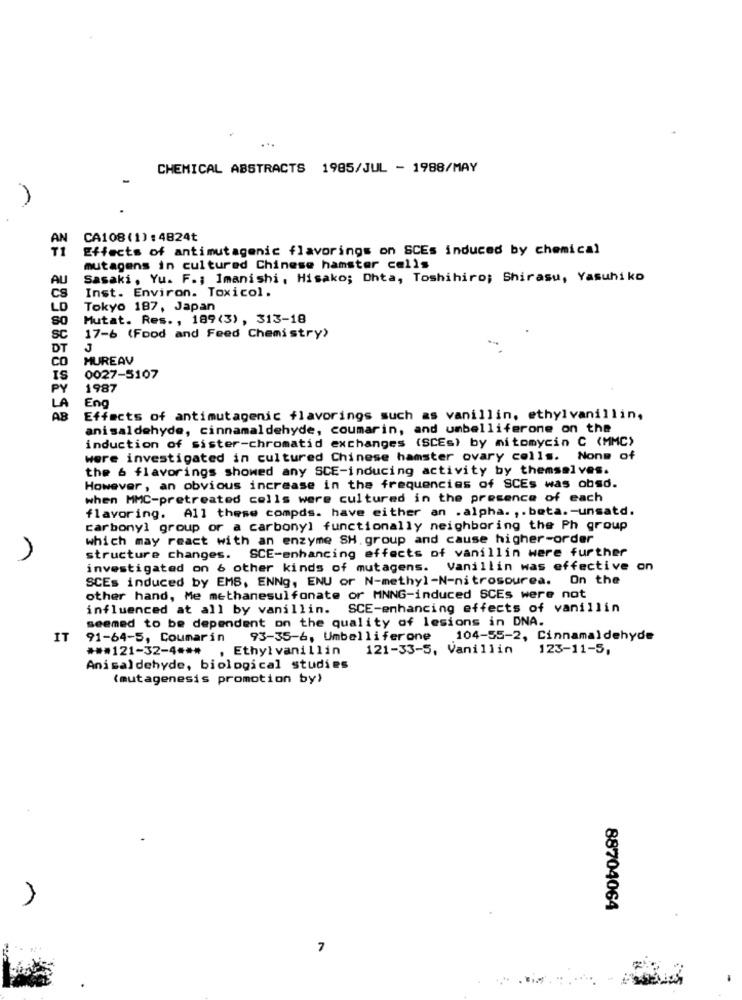
CHEMICAL ABSTRACTS 1985/JUL - 1988/MAY
AN
CA108(1): 4824t
T1
Effects of antimutagenic flavorings on SCEs induced by chemical
mutagens in cultured Chinese hamster cells
AU
Sasaki, Yu. F .; İmanishi, Hisako; Ohta, Toshihiro; Shirasu, Yasuhiko
Inst. Environ. Toxicol.
cs
LO
Tokyo 187, Japan
Mutat. Res ., 189(3) , 313-18
SC
17-6 (Food and Feed Chemistry)
DT
J
MUREAV
CO
IS
0027-5107
PY
1987
LA
Eng
AB
Effects of antimutagenic flavorings such as vanillin, ethylvanillin,
anisaldehyde, cinnamaldehyde, coumarin, and umbelliferone on the
induction of sister-chromatid exchanges (SCEs) by mitomycin C (MMC)
were investigated in cultured Chinese hamster ovary colls. Nonm of
the & flavorings showed any SCE-inducing activity by themselves.
However, an obvious increase in the frequencies of SCEs was obsd.
when MMC-pretreated cells were cultured in the presence of each
flavoring. All these compds. have either an . alpha. ,. beta. - unsatd.
carbonyl group or a carbonyl functionally neighboring the Ph group
which may react with an enzyme SH. group and cause higher-order
structure changes. SCE-enhancing effects of vanillin were further
investigated on 6 other kinds of mutagens. Vanillin was effective on
SCEs induced by EMS, ENNg, ENU or N-methyl-N-nitrosourea. On the
other hand, Me methanesulfonate or MNNG-induced SCEs were not
influenced at all by vanillin. SCE-enhancing effects of vanillin
seemed to be dependent on the quality of lesions in DNA.
IT
91-64-5, Coumarin 93-35-6, Umbelliferone 104-55-2, Cinnamaldehyde
*** 121-32-4 ***
, Ethyl vanillin
121-33-5, Vanillin
123-11-5,
Anisaldehyde, biological studies
(mutagenesis promotion by)
88704064